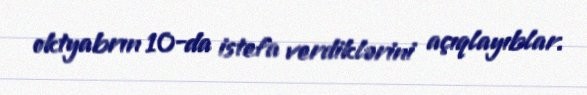
oktyabrın 10-da istefa verdiklərini açıqlayıblar.